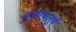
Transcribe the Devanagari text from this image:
यु्द्धचातुर्य